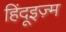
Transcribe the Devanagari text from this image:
हिंदूइज़्म